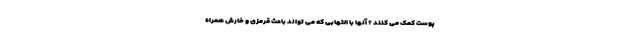
پوست کمک می کنند ؟ آنها با التهابی که می تواند باعث قرمزی و خارش همراه